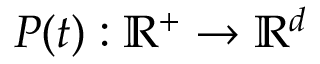
\boldsymbol { P } ( t ) : \mathbb { R } ^ { + } \rightarrow \mathbb { R } ^ { d }